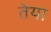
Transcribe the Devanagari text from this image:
तेया